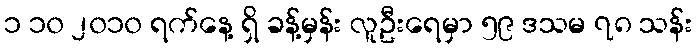
၁ ၁၀ ၂၀၁၀ ရက်နေ့ ရှိ ခန့်မှန်း လူဦးရေမှာ ၅၉ ဒသမ ၇၈ သန်း